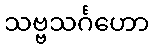
သဗ္ဗသင်္ဂဟော